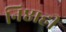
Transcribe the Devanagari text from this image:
निष्ठाही